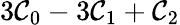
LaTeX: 3\mathcal{C}_{0}-3\mathcal{C}_{1}+\mathcal{C}_{2}